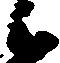
候